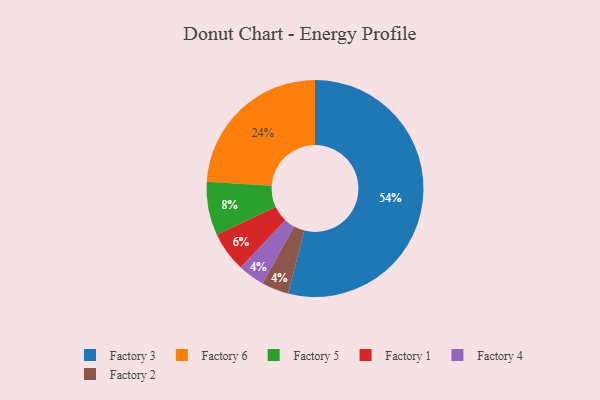
{"axis": {"x": "Category", "y": "Percentage"}, "legend": ["Factory 1", "Factory 2", "Factory 3", "Factory 4", "Factory 5", "Factory 6"], "data": [{"x": "Factory 3", "y": 54, "type": "Factory 3"}, {"x": "Factory 5", "y": 8, "type": "Factory 5"}, {"x": "Factory 6", "y": 24, "type": "Factory 6"}, {"x": "Factory 1", "y": 6, "type": "Factory 1"}, {"x": "Factory 4", "y": 4, "type": "Factory 4"}, {"x": "Factory 2", "y": 4, "type": "Factory 2"}]}